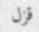
قزل